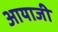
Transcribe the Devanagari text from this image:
आयाजी